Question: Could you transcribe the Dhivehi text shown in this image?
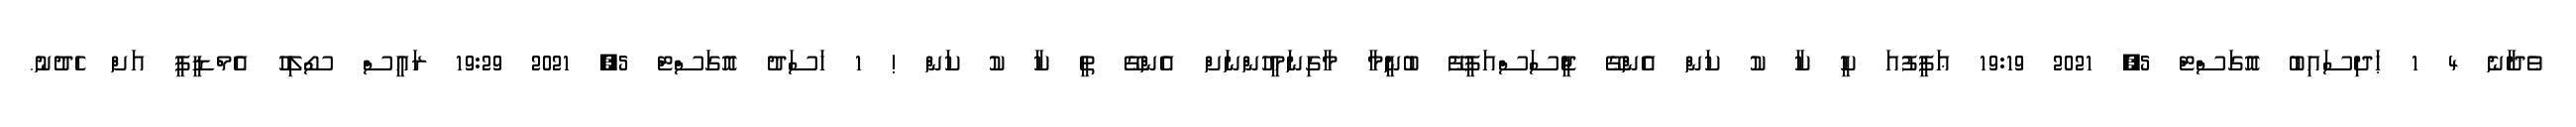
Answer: ވެދާނެ 4 1 ޙަދިސައިބު އޮގަސްޓް 5, 2021 19:19 ޢަފީފުއަ ކީ ކާ ކު ކަން އެންގޭ ޖީސަސްއަފީފޭ ބުނީމާ މާގިނަމީހުންނަށް އެންގޭ ތީ ކާ ކު ކަން ! 1 ހަސަދު އޮގަސްޓް 5, 2021 19:29 ރައީސް ސޯލިހު އެމްޑީޕީ އަށް ހެދުނު.